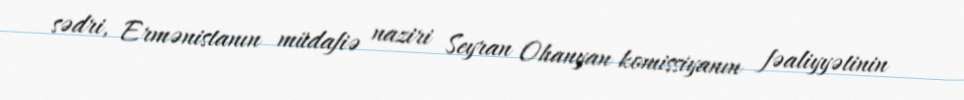
sədri, Ermənistanın müdafiə naziri Seyran Ohanyan komissiyanın fəaliyyətinin